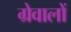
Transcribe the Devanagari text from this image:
ग्रेवालों